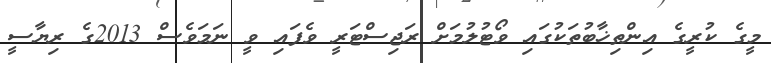
މީގެ ކުރީގެ އިންތިޚާބުތަކުގައި ވޯޓުލުމަށް ރަޖިސްޓަރީ ވެފައި ވީ ނަމަވެސް 2013ގެ ރިޔާސީ